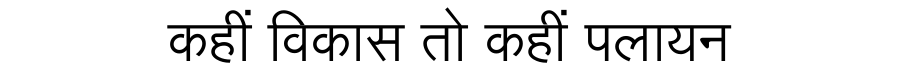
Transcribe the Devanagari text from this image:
कहीं विकास तो कहीं पलायन